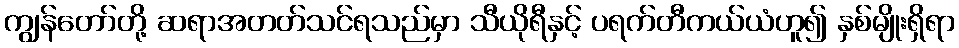
ကျွန်တော်တို့ ဆရာအတတ်သင်ရသည်မှာ သီယိုရီနှင့် ပရက်တီကယ်ယံဟူ၍ နှစ်မျိုးရှိရာ